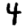
Digit: 4